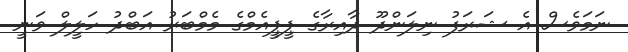
ނަމަވެސް އެ ޝަރަފު ނިލަންދޫ ދާއިރާގެ ޕީޕީއެމްގެ މެމްބަރު އަބްދު ހަލީލް ވަނީ